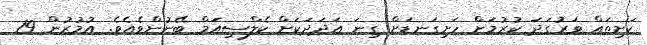
ކަށިތައް ވަރުގަދަ ކުރުމަށް ހަށިގަނޑަށް ގިނަ އަދަދަކަށް ކެލްސިއަމް ބޭނުންވެއެވެ. އުމުރުން 19